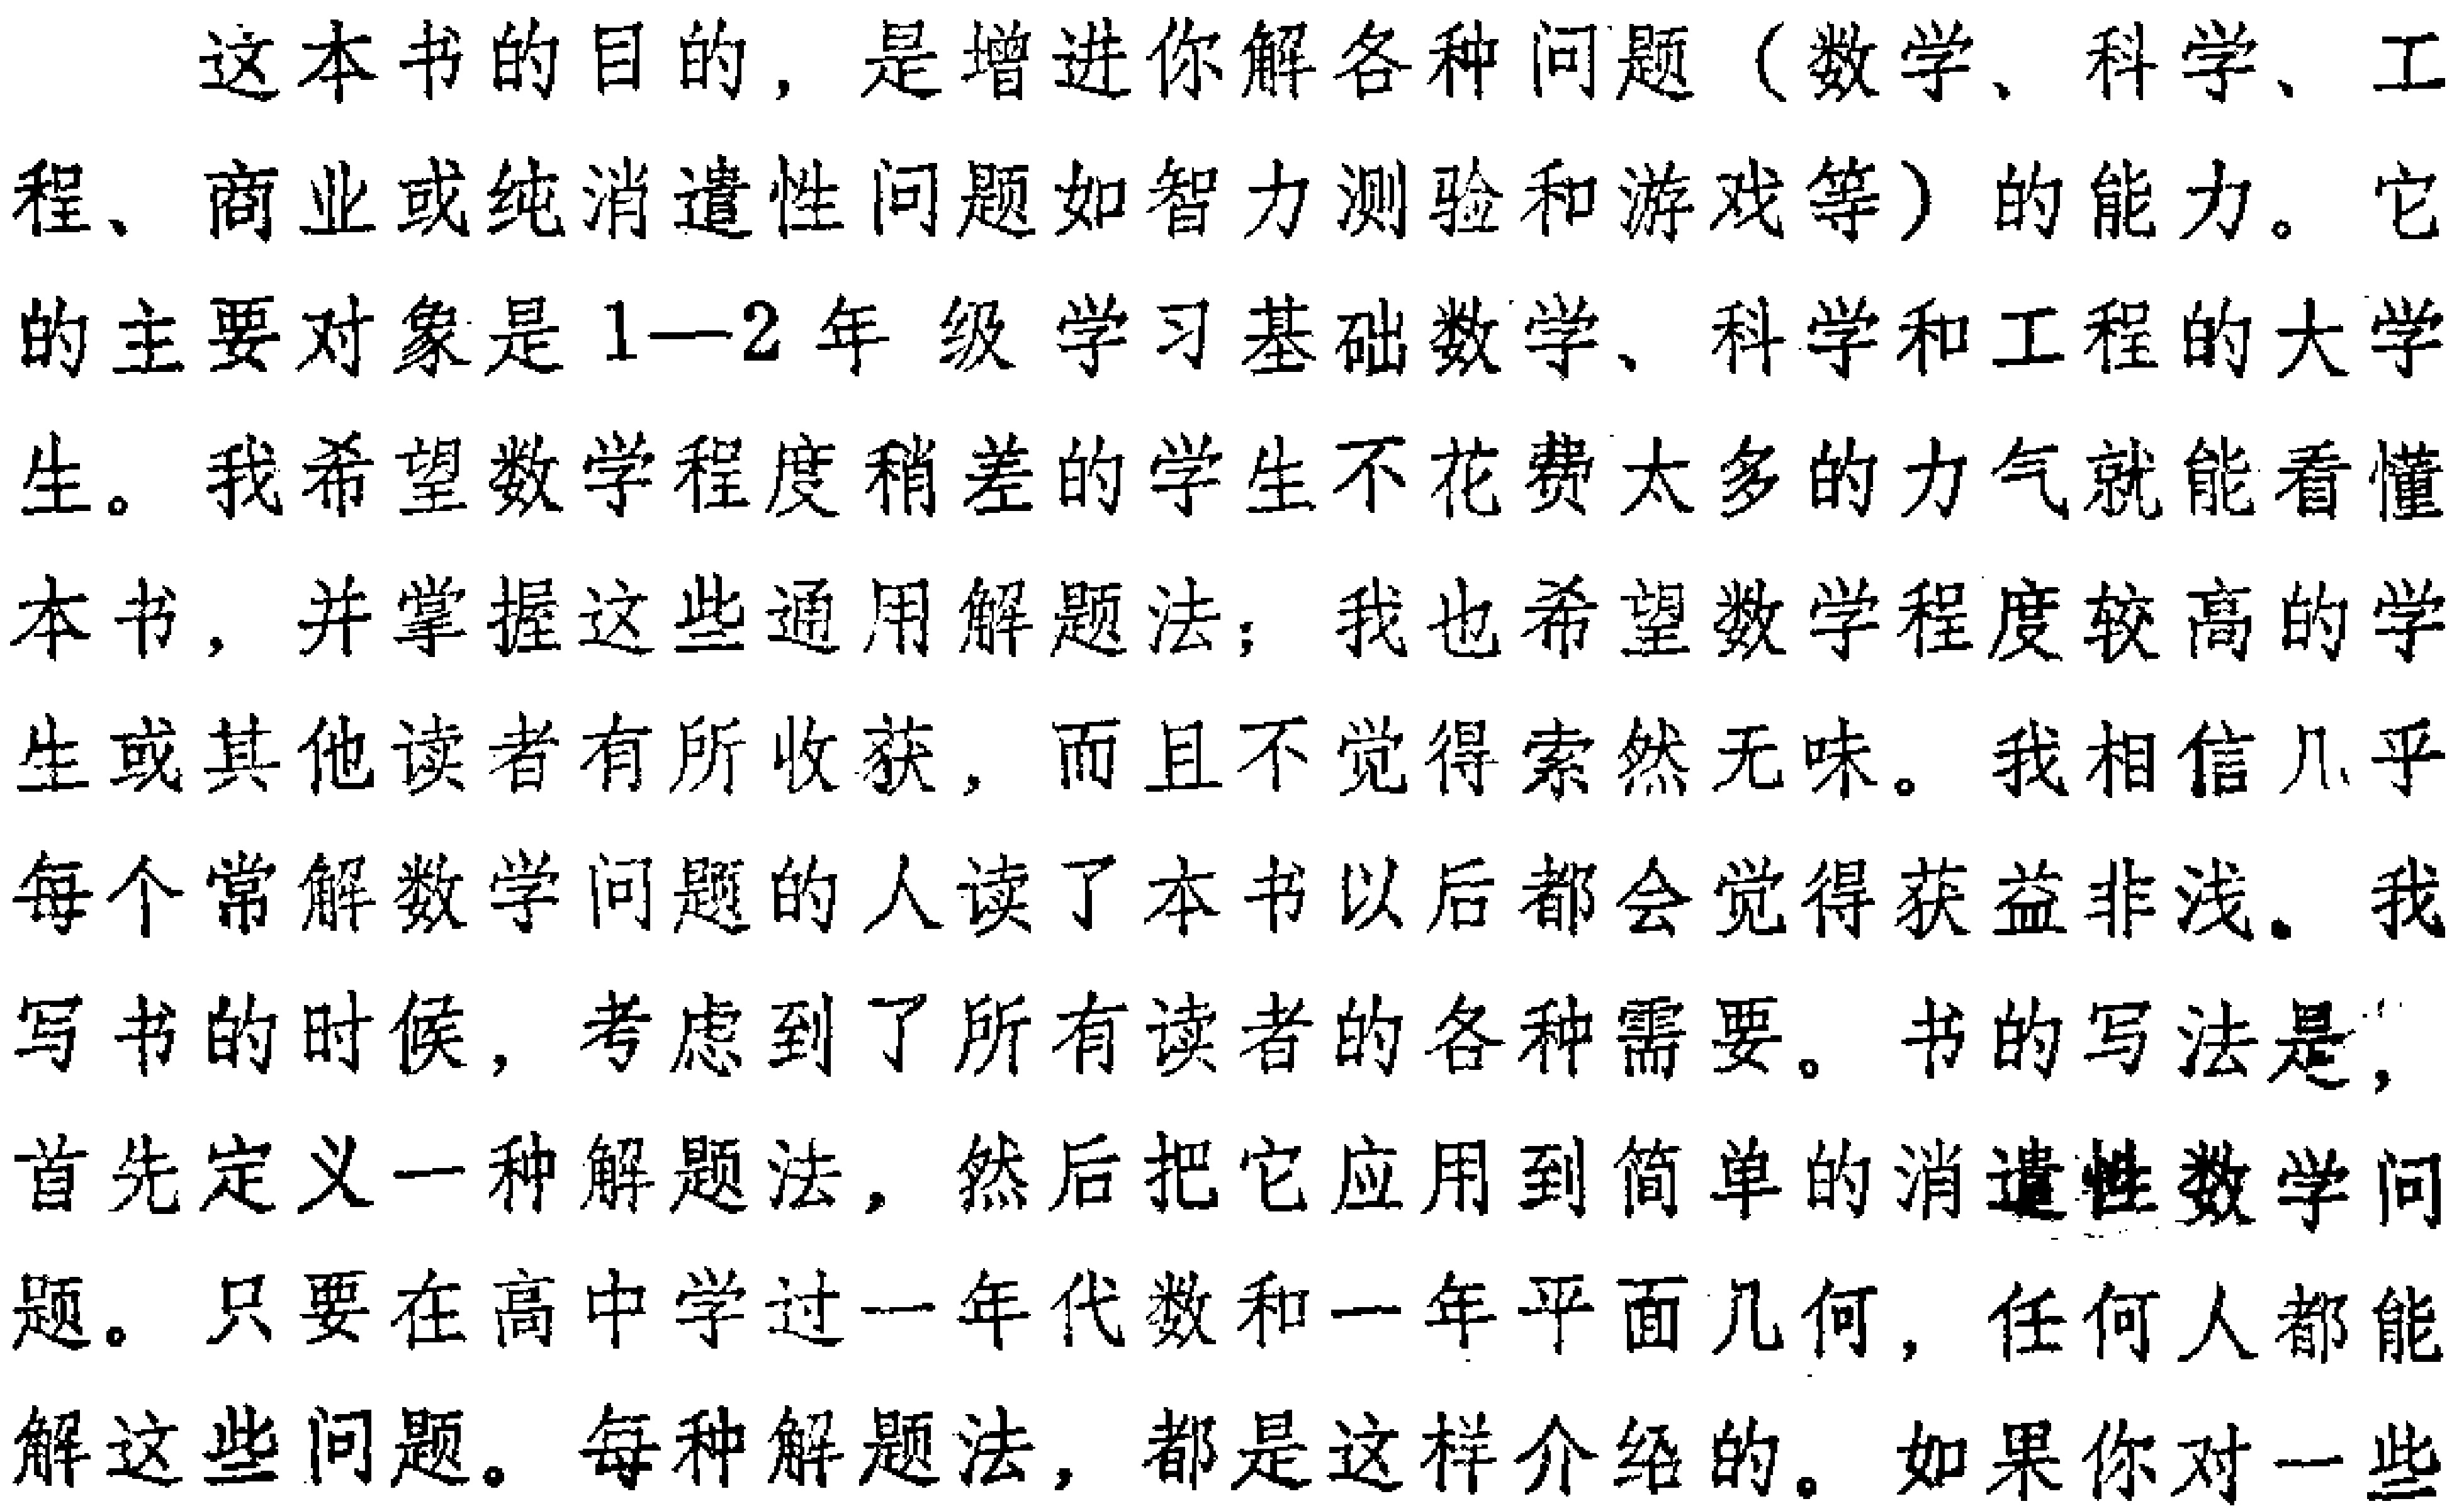
这本书的目的, 是增进你解各种问题（数学、科学、工程、商业或纯消遣性问题如智力测验和游戏等）的能力。它的主要对象是1—2年级学习基础数学、科学和工程的大学生。我希望数学程度稍差的学生不花费太多的力气就能看懂本书, 并掌握这些通用解题法；我也希望数学程度较高的学生或其他读者有所收获, 而且不觉得索然无味。我相信几乎每个常解数学问题的人读了本书以后都会觉得获益非浅。我写书的时候, 考虑到了所有读者的各种需要。书的写法是, 首先定义一种解题法, 然后把它应用到简单的消遣性数学问题。只要在高中学过一年代数和一年平面几何, 任何人都能解这些问题。每种解题法, 都是这样介绍的。如果你对一些